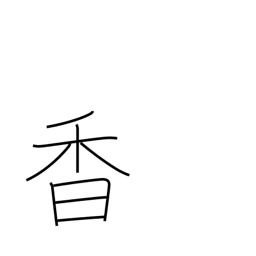
Meaning: smell